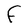
Character: F